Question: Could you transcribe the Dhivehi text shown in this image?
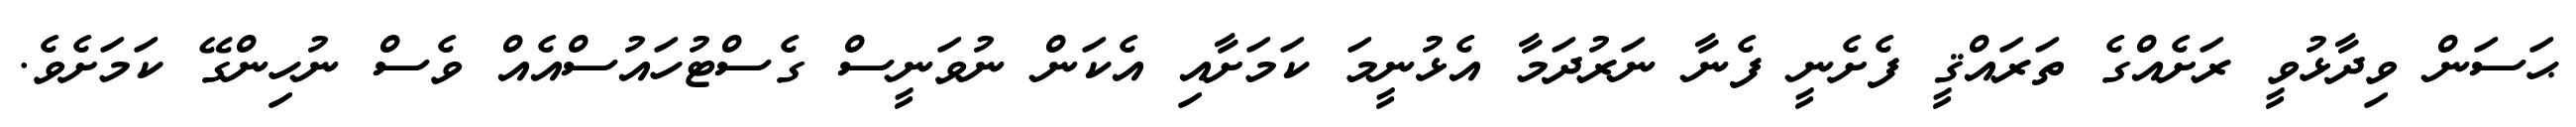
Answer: ޙަސަން ވިދާޅުވީ ރަށެއްގެ ތަރައްޤީ ފެށެނީ ފެނާ ނަރުދަމާ އެޅުނީމަ ކަމަށާއި އެކަން ނުވަނީސް ގެސްޓުހައުސްއެއް ވެސް ނުހިންގޭ ކަމަށެވެ.